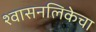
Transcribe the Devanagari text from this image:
श्वासनलिकेचा